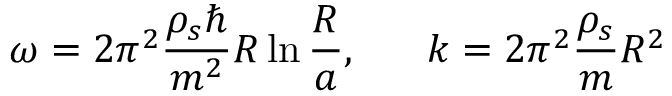
\omega = 2 \pi ^ { 2 } \frac { \rho _ { s } \hbar } { m ^ { 2 } } R \ln \frac { R } { a } , ~ ~ ~ ~ ~ k = 2 \pi ^ { 2 } \frac { \rho _ { s } } { m } R ^ { 2 }